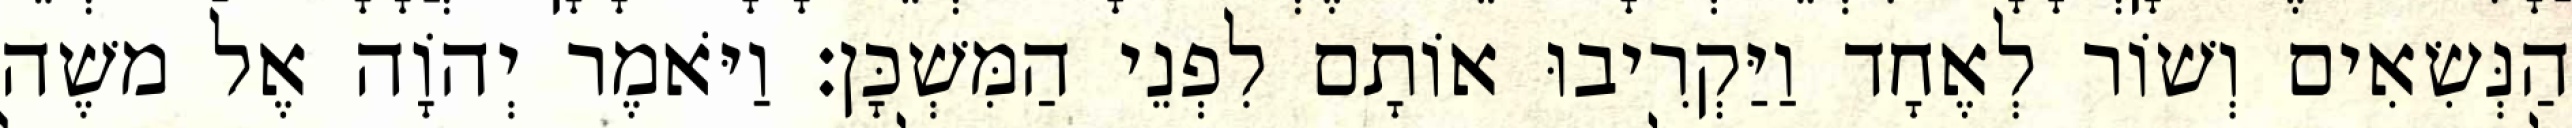
הַנְּשִׂאִים וְשׁוֹר לְאֶחָד וַיַּקְרִיבוּ אוֹתָם לִפְנֵי הַמִּשְׁכָּן׃ וַיֹּאמֶר יְהוָֹה אֶל משֶׁה